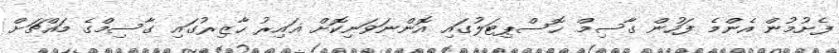
ފެށުމުން އެންމެ ފަހުން ގާސިމް ހޮސްޕިޓަލުގައި އޮންނަވަނިކޮށް ޣައިރު ހާޒިރުގައި ގާސިމްގެ މައްޗަށް